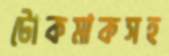
টোকমাকসহ